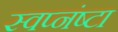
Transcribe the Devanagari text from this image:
स्वप्नंष्टा